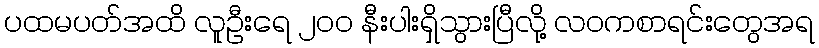
ပထမပတ်အထိ လူဦးရေ ၂၀၀ နီးပါးရှိသွားပြီလို့ လဝကစာရင်းတွေအရ